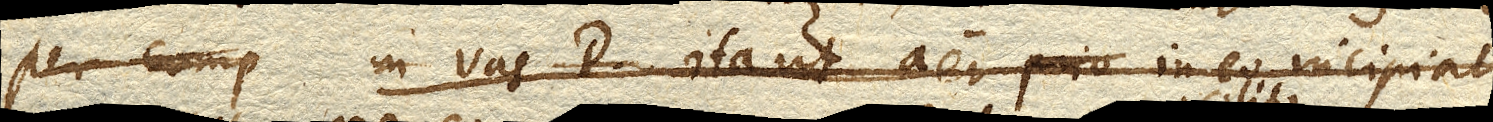
in vas D. ita ut aer in eo incipiat